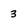
Character: 3